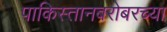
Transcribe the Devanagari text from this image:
पाकिस्तानबरोबरच्या